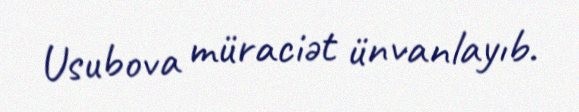
Usubova müraciət ünvanlayıb.